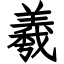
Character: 羲